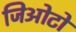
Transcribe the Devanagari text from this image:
जिओटो